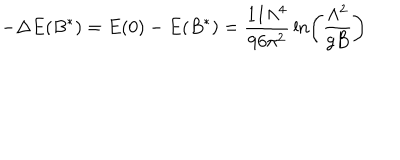
- \Delta E ( B ^ { * } ) = E ( 0 ) - E ( B ^ { * } ) = { \frac { 1 1 \Lambda ^ { 4 } } { 9 6 \pi ^ { 2 } } } \ln \left( { \frac { \Lambda ^ { 2 } } { g B } } \right)